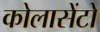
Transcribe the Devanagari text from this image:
कोलासेंटो